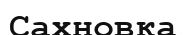
Сахновка